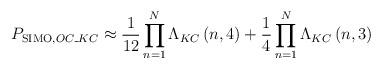
LaTeX: \begin{align*}{{P}_{\operatorname{SIMO},OC\_KC}}\approx \frac{1}{12}\prod\limits_{n=1}^{N}{{{\Lambda }_{KC}}\left( n,4 \right)}+\frac{1}{4}\prod\limits_{n=1}^{N}{{{\Lambda }_{KC}}\left( n,3 \right)}\end{align*}